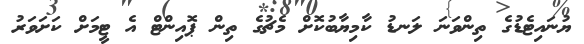
ޔުނައިޓެޑުގެ ތިންވަނަ ލަނޑު ކާމިޔާބުކޮށް މެޗުގެ ތިން ޕޮއިންޓް އެ ޓީމަށް ކަށަވަރު